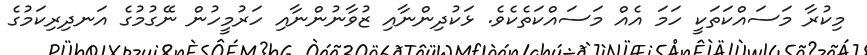
މިކުރާ މަސައްކަތަކީ ހަމަ އެއް މަސައްކަތެކެވެ. ޅަކުދިންނާއި ޒުވާނުންނާއި ހަރުމީހުން ނޭގުމުގެ އަނދިރިކަމުގެ